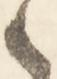
候